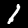
Label: 1